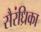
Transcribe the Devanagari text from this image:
सैरंध्रिका